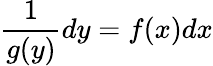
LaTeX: \frac{1}{g(y)}dy=f(x)dx